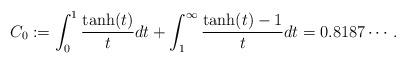
LaTeX: \begin{align*}C_0:= \int_0^1\frac{\tanh(t)}{t}dt + \int_1^{\infty}\frac{\tanh(t)-1}{t}dt=0.8187\cdots.\end{align*}